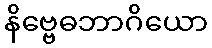
နိဗ္ဗေဓဘာဂိယော